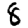
Digit: 8